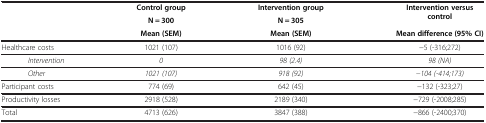
<table><thead><tr><td><b> </b></td><td><b>Control group</b></td><td><b>Intervention group</b></td><td rowspan="2"><b>Intervention versus control</b></td></tr><tr><td><b> </b></td><td><b>N = 300</b></td><td><b>N = 305</b></td></tr><tr><td><b> </b></td><td><b>Mean (SEM)</b></td><td><b>Mean (SEM)</b></td><td><b>Mean difference (95% CI)</b></td></tr></thead><tbody><tr><td>Healthcare costs</td><td>1021 (107)</td><td>1016 (92)</td><td>−5 (-316;272)</td></tr><tr><td><i>Intervention</i></td><td><i>0</i></td><td><i>98 (2.4)</i></td><td><i>98 (NA)</i></td></tr><tr><td><i>Other</i></td><td><i>1021 (107)</i></td><td><i>918 (92)</i></td><td><i>−104 (-414;173)</i></td></tr><tr><td>Participant costs</td><td>774 (69)</td><td>642 (45)</td><td>−132 (-323;27)</td></tr><tr><td>Productivity losses</td><td>2918 (528)</td><td>2189 (340)</td><td>−729 (-2008;285)</td></tr><tr><td>Total</td><td>4713 (626)</td><td>3847 (388)</td><td>−866 (-2400;370)</td></tr></tbody></table>